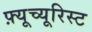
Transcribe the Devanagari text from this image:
फ़्यूच्यूरिस्ट